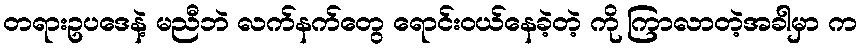
တရားဥပဒေနဲ့ မညီဘဲ လက်နက်တွေ ရောင်းဝယ်နေခဲ့တဲ့ ကို ကြာလာတဲ့အခါမှာ က